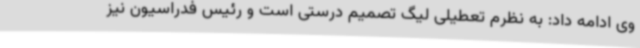
وی ادامه داد: به نظرم تعطیلی لیگ تصمیم درستی است و رئیس فدراسیون نیز